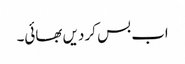
اب بس کر دیں بھائی۔